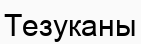
Тезуканы